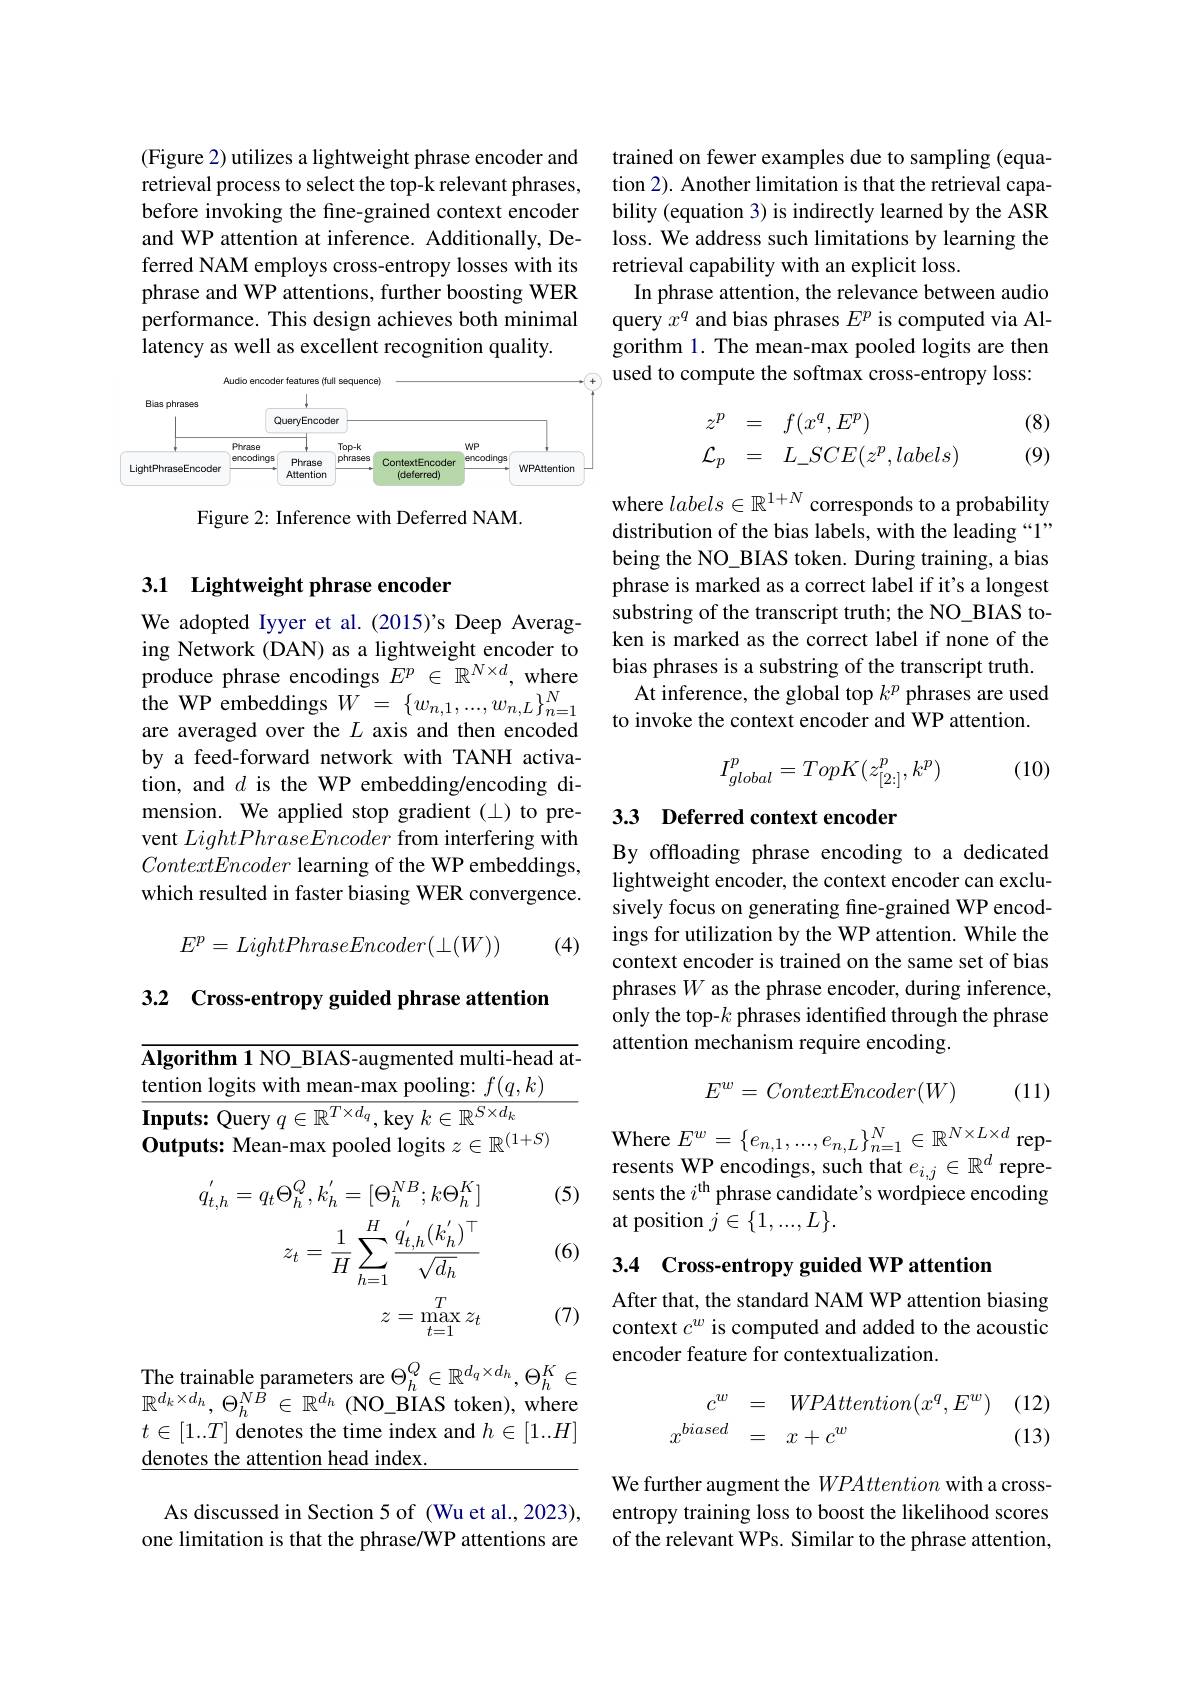
(Figure 2) utilizes a lightweight phrase encoder and retrieval process to select the top-k relevant phrases, before invoking the fine-grained context encoder and WP attention at inference. Additionally, Deferred NAM employs cross-entropy losses with its phrase and WP attentions, further boosting WER performance. This design achieves both minimal latency as well as excellent recognition quality.

<FigureHere>

Figure 2: Inference with Deferred NAM.

## 3.1 Lightweight phrase encoder

We adopted Iyyer et al.(2015)'s Deep Averaging Network (DAN) as a lightweight encoder to the WP embeddings $W=\left\{w_{n,1},...,w_{n,L}\right\}_{n=1}^{N}$ are averaged over the $L$ axis and then encoded by a feed-forward network with TANH activation, and $d$ is the WP embedding/encoding dimension. We applied stop gradient (L) to prevent LightPhraseEncoder from interfering with ContextEncoder learning of the WP embeddings, which resulted in faster biasing WER convergence.
$$E^p=LightPhraseEncoder(\bot(W))$$
(4)

3.2 Cross-entropy guided phrase attention

Algorithm 1 NO\_BIAS-augmented multi-head at-
tention logits with mean-max pooling: $f(q,k)$
$\overline{\textbf{Inputs: Query }q\in\mathbb{R}^{T\times d_q},\text{key }k\in\mathbb{R}^{S\times d_k}}$
Outputs: Mean-max pooled logits $z\in\mathbb{R}^{(1+S)}$

(5)

(6)
$$q_{t,h}^{'}=q_{t}\Theta_{h}^{Q},k_{h}^{'}=[\Theta_{h}^{NB};k\Theta_{h}^{K}]\\z_{t}=\frac{1}{H}\sum_{h=1}^{H}\frac{q_{t,h}^{'}(k_{h}^{'})^{\top}}{\sqrt{d_{h}}}\\z=\operatorname*{max}_{t=1}^{T}z_{t}$$
(7)

The trainable parameters are $\Theta_h^Q\in\mathbb{R}^{d_q\times d_h},\Theta_h^K\in$ $\mathbb{R}^{d_{k}\times d_{h}},\Theta_{h}^{N\bar{B}}\in\mathbb{R}^{d_{h}}$(NO\_BIAS token),where $t\in[1..T]$ denotes the time index and $h\in[1..H]$ $\underline{\text{denotes the attention head index}.}$

As discussed in Section 5 of (Wu et al., 2023), one limitation is that the phrase/WP attentions are

trained on fewer examples due to sampling (equation 2). Another limitation is that the retrieval capability (equation 3) is indirectly learned by the ASR loss. We address such limitations by learning the retrieval capability with an explicit loss.
In phrase attention, the relevance between audio query $x^q$ and bias phrases $E^p$ is computed via Algorithm 1. The mean-max pooled logits are then used to compute the softmax cross-entropy loss:

(8)
$$\begin{array}{rcl}z^p&=&f(x^q,E^p)\\\mathcal{L}_p&=&L_SCE(z^p,labels)\end{array}$$
(9)

where $labels\in\mathbb{R}^{1+N}$ corresponds to a probability distribution of the bias labels, with the leading “1” being the NO\_BIAS token. During training, a bias phrase is marked as a correct label if it's a longest substring of the transcript truth; the NO\_BIAS token is marked as the correct label if none of the
produce phrase encodings $E^p\in\mathbb{R}^{N\times d}$, where bias phrases is a substring of the transcript truth.
At inference, the global top $k^p$ phrases are used to invoke the context encoder and WP attention.

(10)
$$I_{global}^p=TopK(z_{[2:]}^p,k^p)$$
### 3.3 Deferred context encoder

By offloading phrase encoding to a dedicated lightweight encoder, the context encoder can exclusively focus on generating fine-grained WP encodings for utilization by the WP attention. While the context encoder is trained on the same set of bias phrases $W$ as the phrase encoder, during inference, only the top-$k$ phrases identified through the phrase attention mechanism require encoding.
$$E^w=ContextEncoder(W)$$
(11)

Where
rep-
$$E^w=\{e_{n,1},...,e_{n,L}\}_{n=1}^{N}\in\mathbb{R}^{N\times L\times d}$$
resents WP encodings, such that $e_i,j\in\mathbb{R}^d$ represents the $i^\mathrm{th}$ phrase candidate's wordpiece encoding at position $j\in\{1,...,L\}.$

3.4 Cross-entropy guided WP attention

After that, the standard NAM WP attention biasing context $c^w$ is computed and added to the acoustic encoder feature for contextualization.
$$\begin{array}{rcl}c^w&=&WPAttention(x^q,E^w)\\x^{biased}&=&x+c^w\end{array}$$
(13)

We further augment the WPAttention with a crossentropy training loss to boost the likelihood scores of the relevant WPs. Similar to the phrase attention,